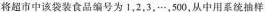
将超市中该袋装食品编号为1，2，3，…，500、从中用系统抽样